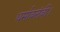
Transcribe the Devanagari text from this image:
धर्मावलंबी।